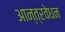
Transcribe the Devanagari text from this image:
आन्त्रवेधन